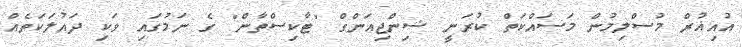
އުއިޣުރް މުސްލިމުން މަސައްކަތް ކުރަނީ ޝިންޖިއަންގް "ޓާކިސްތާން" ގެ ނަމުގައި ވަކި ދައުލަކަތެއް